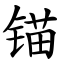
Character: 锚